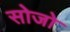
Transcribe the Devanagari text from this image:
सोजो